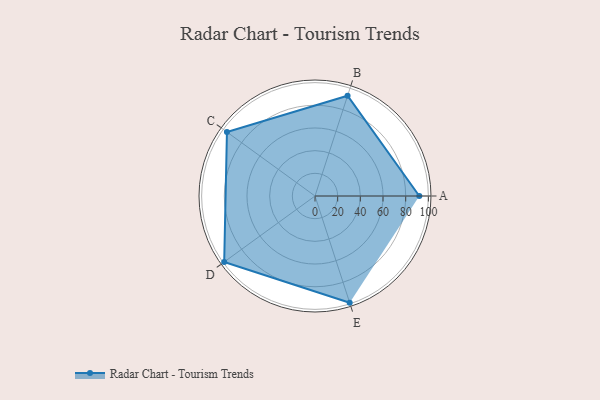
{"axis": {"x": "Skill", "y": "Score"}, "legend": ["Profile"], "data": [{"x": "A", "y": 92.0, "type": "Profile"}, {"x": "B", "y": 93.0, "type": "Profile"}, {"x": "C", "y": 96.0, "type": "Profile"}, {"x": "D", "y": 99.0, "type": "Profile"}, {"x": "E", "y": 99, "type": "Profile"}]}